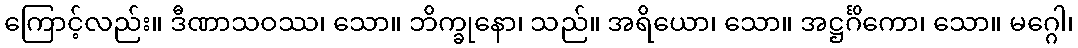
ကြောင့်လည်း။ ဒီဏာသဝဿ၊ သော။ ဘိက္ခုနော၊ သည်။ အရိယော၊ သော။ အဋ္ဌင်္ဂိကော၊ သော။ မဂ္ဂေါ၊